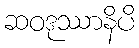
ဆဝဒုဿာနိပိ